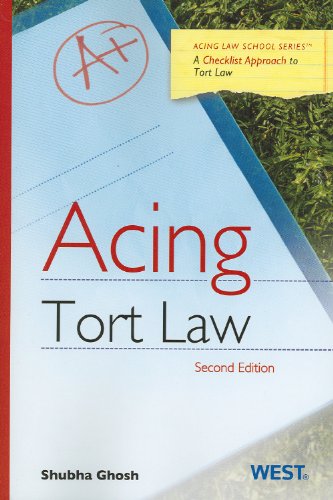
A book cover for Acing Tort Law (Acing Series); Shubha Ghosh; Law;